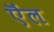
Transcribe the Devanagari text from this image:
ऎंल